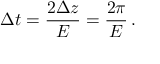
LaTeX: \: \Delta t = \frac { 2 \Delta z } { E } = \frac { 2 \pi } { E } \, . \: